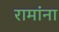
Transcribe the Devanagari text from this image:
रामांना